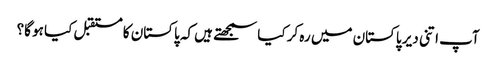
آپ اتنی دیر پاکستان میں رہ کر کیا سمجھتے ہیں کہ پاکستان کا مستقبل کیا ہو گا؟